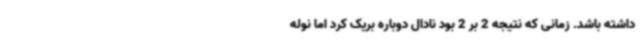
داشته باشد. زمانی که نتیجه 2 بر 2 بود نادال دوباره بریک کرد اما نوله